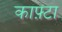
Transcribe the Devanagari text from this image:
काफ़्टा